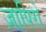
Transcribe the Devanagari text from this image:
ज़ापिरो